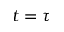
t = \tau